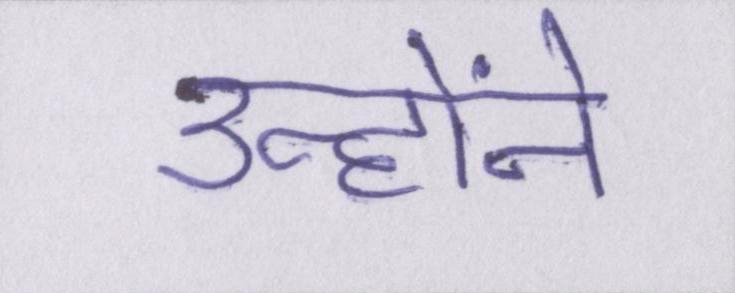
उन्होंने